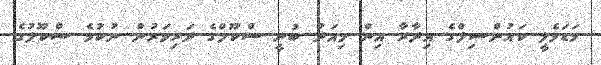
މަޑަވެލީ ކައުންސިލްގެ އިދާރާ އިން މިއަދު ބުނީ ސްކޫލްގެ ދަރިވަރުން ނުކުމެ ސްކޫލުގެ